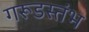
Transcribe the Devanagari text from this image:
गरूडस्तंभ